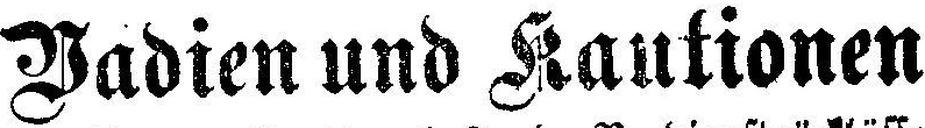
Vadien und Kautionen